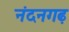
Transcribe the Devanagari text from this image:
नंदनगढ़